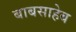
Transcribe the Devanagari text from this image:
बाबसाहेब